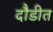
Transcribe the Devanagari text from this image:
दौडीत